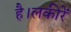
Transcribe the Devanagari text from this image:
है।लकीरें